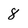
Character: 8